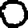
Digit: 0